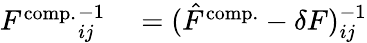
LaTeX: \begin{array}{rl}{{F^{\mathrm{comp.}}}_{ij}^{-1}}&{{}=(\hat{F}^{\mathrm{comp.}}-\delta F)_{ij}^{-1}}\end{array}